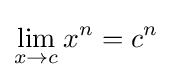
\lim _{x\to c}x^{n}=c^{n}